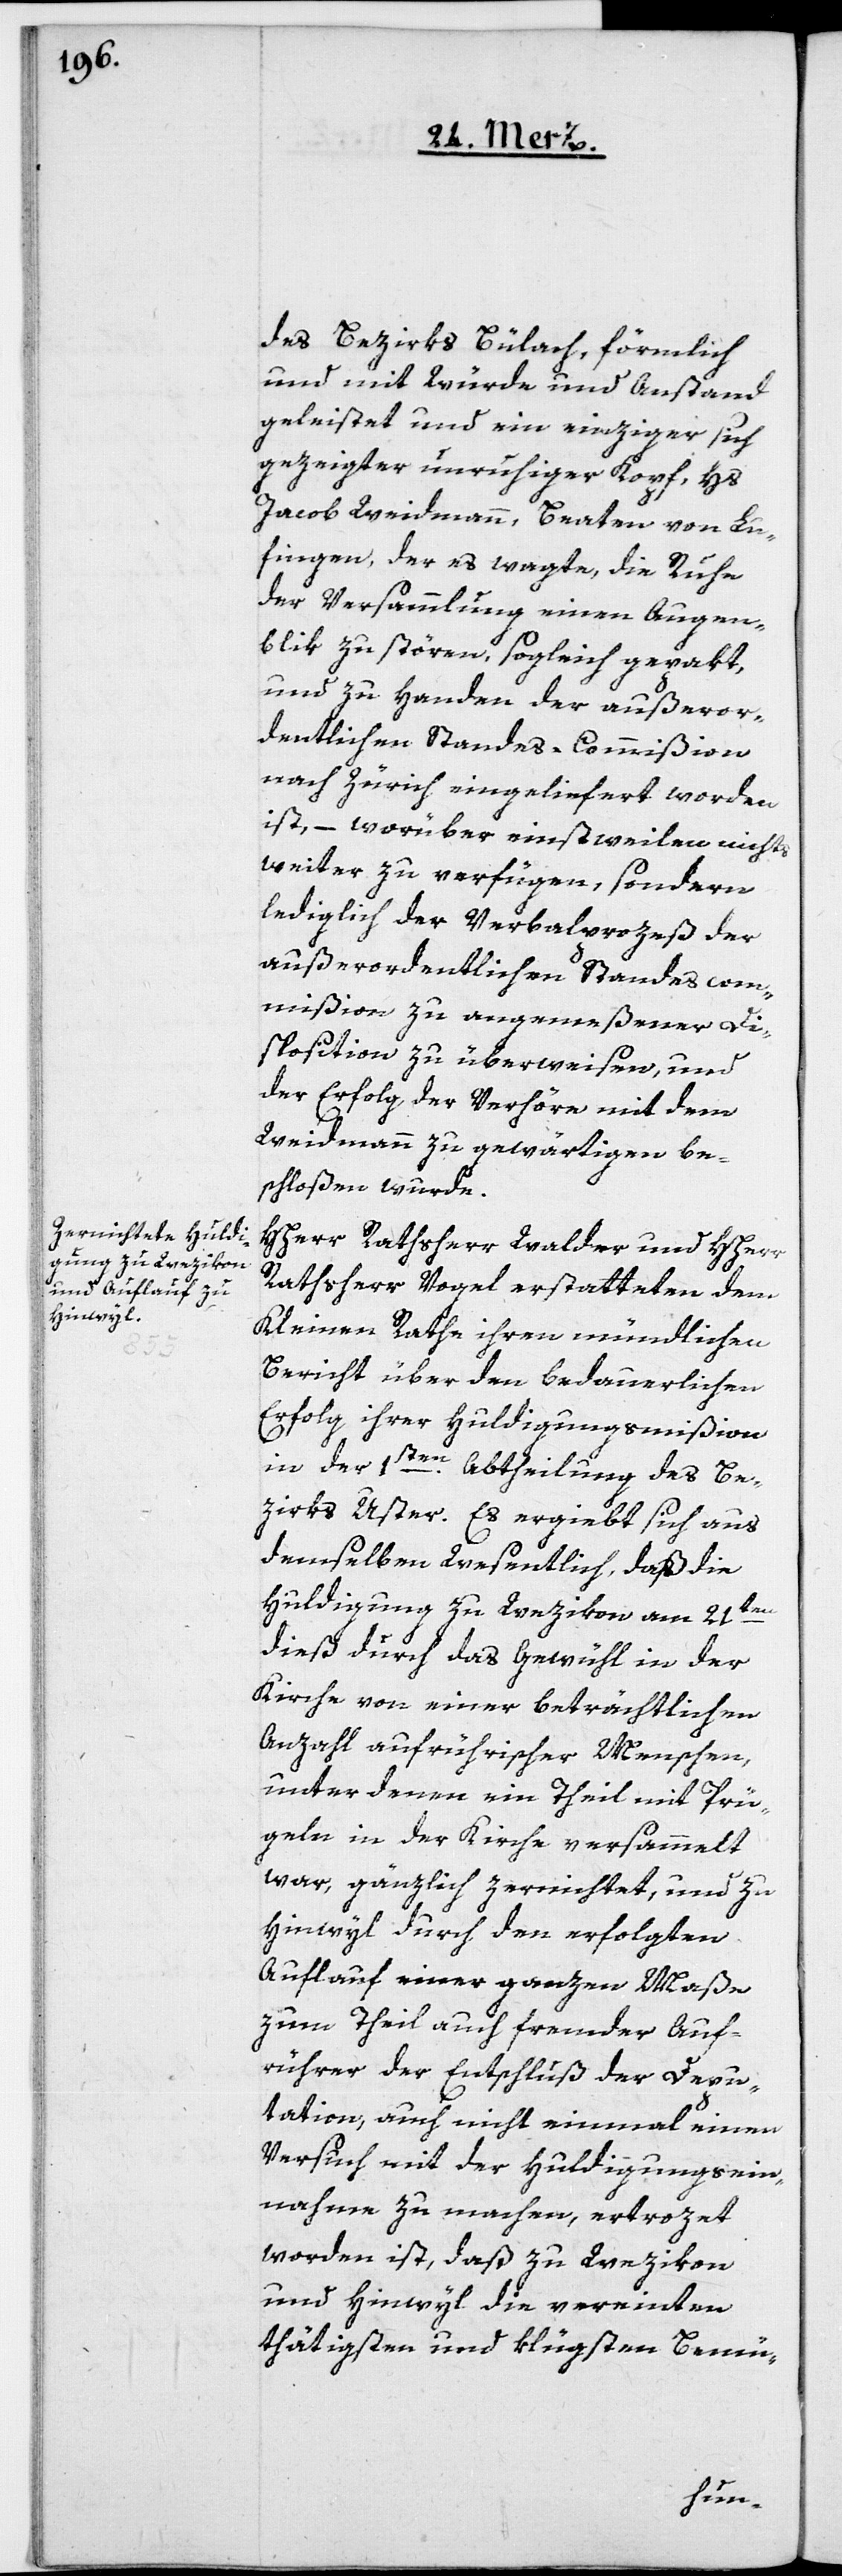
des Bezirks Bülach, förmlich
und mit Würde und Anstand
geleistet und ein einziger sich
gezeigter unruhiger Kopf, Hs.
Jacob Weidmann, Beaten von Lu¬
fingen, der es wagte, die Ruhe
der Versammlung einen Augen¬
blik zu stören, sogleich gepakt,
und zu Handen der außeror¬
dentlichen Standes-Commißion
nach Zürich eingeliefert worden
ist, – worüber einstweilen nichts
weiter zu verfügen, sondern
lediglich der Verbalprozeß der
außerordentlichen Standescom¬
mißion zu angemeßener Di¬
sposition zu überweisen, und
der Erfolg der Verhöre mit dem
Weidmann zu gewärtigen be¬
schloßen wurde.
HHerr Rathsherr Walder und HHerr
Rathsherr Vogel erstatteten dem
Kleinen Rathe ihren mündlichen
Bericht über den bedauerlichen
Erfolg ihrer Huldigungsmißion
in der 1ten Abtheilung des Be¬
zirks Uster. Es ergiebt sich aus
demselben wesentlich, daß die
Huldigung zu Wezikon am 21ten
dieß durch das Gewühl in der
Kirche von einer beträchtlichen
Anzahl aufrührischer Menschen,
unter denen ein Theil mit Prü¬
geln in der Kirche versammelt
war, gänzlich zernichtet, und zu
Hinwyl durch den erfolgten
Auflauf einer ganzen Maße
zum Theil auch fremder Auf¬
rührer der Entschluß der Depu¬
tation, auch nicht einmal einen
Versuch mit der Huldigungsein¬
nahme zu machen, ertrozet
worden ist, daß zu Wezikon
und Hinwyl die vereinten
thätigsten und klügsten Bemü-